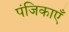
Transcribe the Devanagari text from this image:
पंजिकाएँ